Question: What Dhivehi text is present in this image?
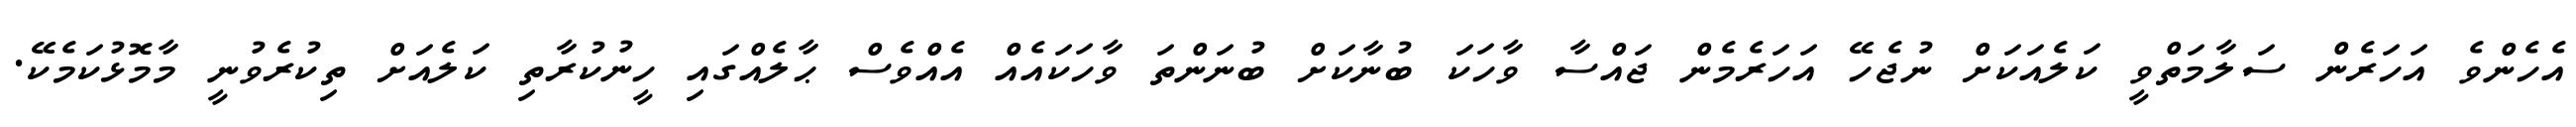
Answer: އެހެންވެ އަހަރެން ސަލާމަތްވީ ކަލެއަކަށް ނުޖެހޭ އަހަރެމެން ޖައްސާ ވާހަކަ ބުނާކަށް ބުނަންތަ ވާހަކައެއް އެއްވެސް ޙާލެއްގައި ހީނުކުރާތި ކަލެއަށް ތިކުރެވުނީ މާމޮޅުކަމެކޭ.